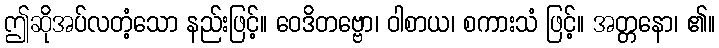
ဤဆိုအပ်လတံ့သော နည်းဖြင့်။ ဝေဒိတဗ္ဗော၊ ဝါစာယ၊ စကားသံ ဖြင့်။ အတ္တနော၊ ၏။